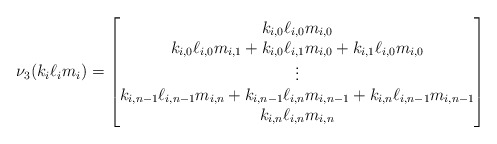
\begin{align*}\nu_3( k_i \ell_i m_i ) =\begin{bmatrix}k_{i,0} \ell_{i,0} m_{i,0} \\k_{i,0}\ell_{i,0}m_{i,1} + k_{i,0}\ell_{i,1}m_{i,0} + k_{i,1}\ell_{i,0}m_{i,0} \\\vdots \\k_{i,n-1}\ell_{i,n-1}m_{i,n} + k_{i,n-1}\ell_{i,n}m_{i,n-1} + k_{i,n}\ell_{i,n-1}m_{i,n-1} \\k_{i,n}\ell_{i,n}m_{i,n}\end{bmatrix}\end{align*}